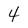
Character: 4